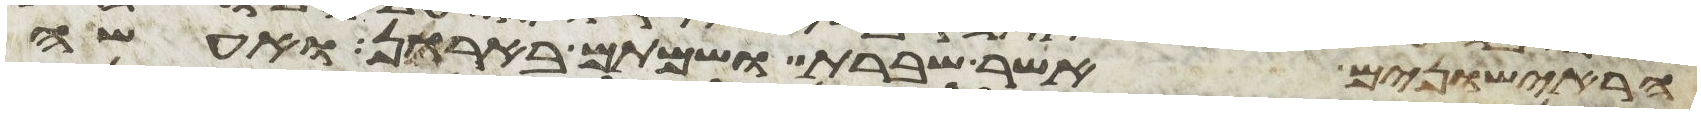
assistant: הראישונים אשר שברת ושמתם בארון ואעשה